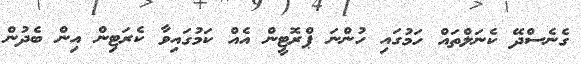
ގެނެސްދޭ ކެނަލްތައް ހަމުގައި ހުންނަ ޕްރޮޓީން އެއް ކަމުގައިވާ ކެރަޓިން އިން ބެދުން